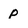
Character: p